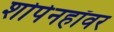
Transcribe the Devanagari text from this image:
शोपेनहॉवर